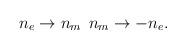
LaTeX: \begin{align*}n_{e} \rightarrow n_{m} \> \> n_{m} \rightarrow - n_{e}.\end{align*}